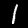
Digit: 1